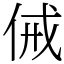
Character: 㑘